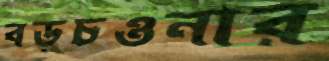
বড়চওনার